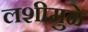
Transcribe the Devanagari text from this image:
लशीमुळे